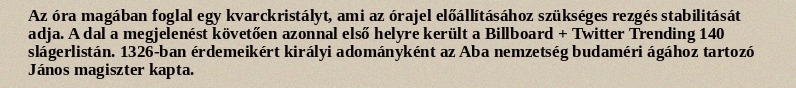
Az óra magában foglal egy kvarckristályt, ami az órajel előállításához szükséges rezgés stabilitását adja. A dal a megjelenést követően azonnal első helyre került a Billboard + Twitter Trending 140 slágerlistán. 1326-ban érdemeikért királyi adományként az Aba nemzetség budaméri ágához tartozó János magiszter kapta.